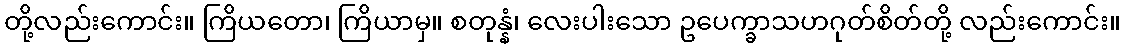
တို့လည်းကောင်း။ ကြိယတော၊ ကြိယာမှ။ စတုန္နံ၊ လေးပါးသော ဥပေက္ခာသဟဂုတ်စိတ်တို့ လည်းကောင်း။